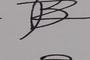
Signature authenticity: forged